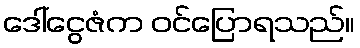
ဒေါ်ငွေဇံက ဝင်ပြောရသည်။